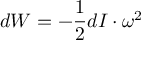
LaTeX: d W = - { \frac { 1 } { 2 } } d I \cdot \omega ^ { 2 }